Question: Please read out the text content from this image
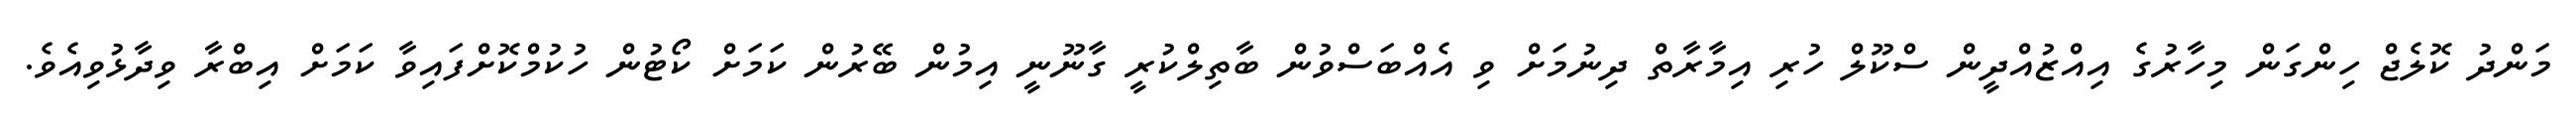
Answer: މަންދު ކޮލެޖް ހިންގަން މިހާރުގެ އިއްޒުއްދީން ސްކޫލް ހުރި އިމާރާތް ދިނުމަށް ވި އެއްބަސްވުން ބާތިލްކުރީ ގާނޫނީ އިމުން ބޭރުން ކަމަށް ކޯޓުން ހުކުމްކޮށްފައިވާ ކަމަށް އިބްރާ ވިދާޅުވިއެވެ.